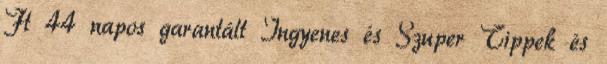
Ft 44 napos garantált Ingyenes és Szuper Tippek és